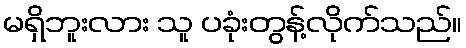
မရှိဘူးလား သူ ပခုံးတွန့်လိုက်သည်။